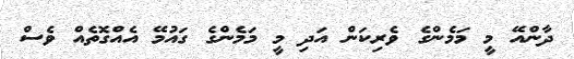
ދާންއޭ މީ މަމެންގެ ވެރިކަން އަދި މީ މަމެންގެ ގައުމޭ އެއްގޮތެއް ވެސް